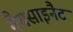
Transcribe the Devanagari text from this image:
मैथसाइनैट